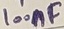
Text: 100NF